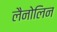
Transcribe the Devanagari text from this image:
लैनोलिन